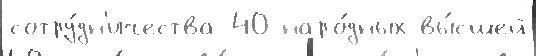
сотру́дн'ичества 40 наро́дных вы́сшей